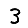
Digit: 3